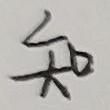
知